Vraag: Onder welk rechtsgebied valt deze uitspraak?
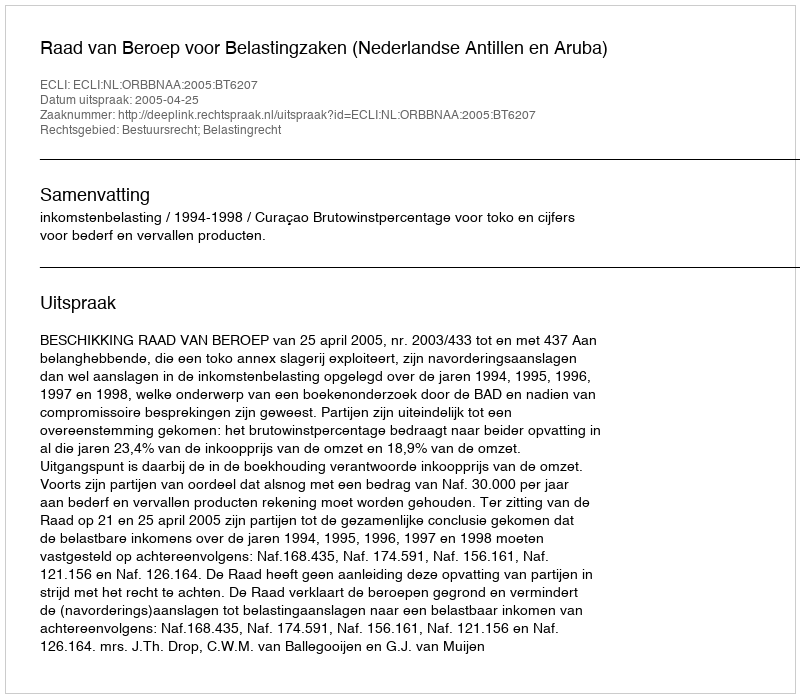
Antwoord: Bestuursrecht; Belastingrecht